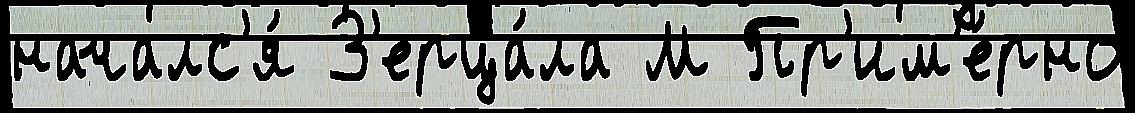
началс'я́ З'ерца́ла М Пр'им'е́рно